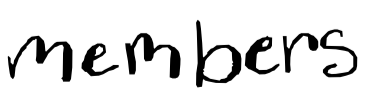
Text: members
Cross-out: clean
Writing tool: digital_black